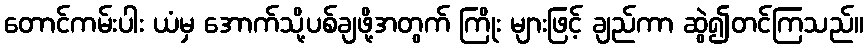
တောင်ကမ်းပါး ယံမှ အောက်သို့ပစ်ချဖို့အတွက် ကြိုး များဖြင့် ချည်ကာ ဆွဲ၍တင်ကြသည်။